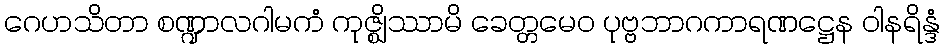
ဂေဟသိတာ စဏ္ဍာလဂါမကံ ကုဇ္ဈိဿာမိ ခေတ္တမေဝ ပုဗ္ဗဘာဂကာရဏဋ္ဌေန ဝါနရိန္ဒံ